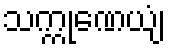
သက္ကုဏေယျံ